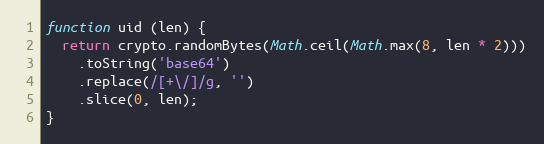
Language: JavaScript
function uid (len) {
  return crypto.randomBytes(Math.ceil(Math.max(8, len * 2)))
    .toString('base64')
    .replace(/[+\/]/g, '')
    .slice(0, len);
}